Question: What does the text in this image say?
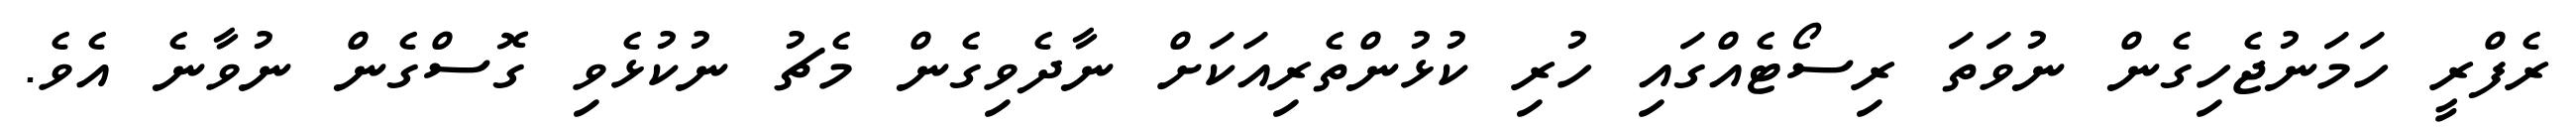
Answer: ރެފްރީ ހަމަނުޖެހިގެން ނުވަތަ ރިސޯޓެއްގައި ހުރި ކުޅުންތެރިއަކަށް ނާދެވިގެން މެޗު ނުކުޅެވި ގޮސްގެން ނުވާނެ އެވެ.